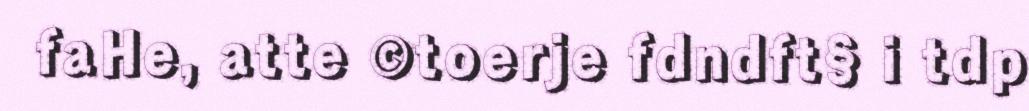
faHe, atte ©toerje fdndft§ i tdp